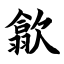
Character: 歙